Annual returns of the Patna Lunatic Asylum at Bankipore in Bihar and Orissa - 1912-1924
Year: 1912
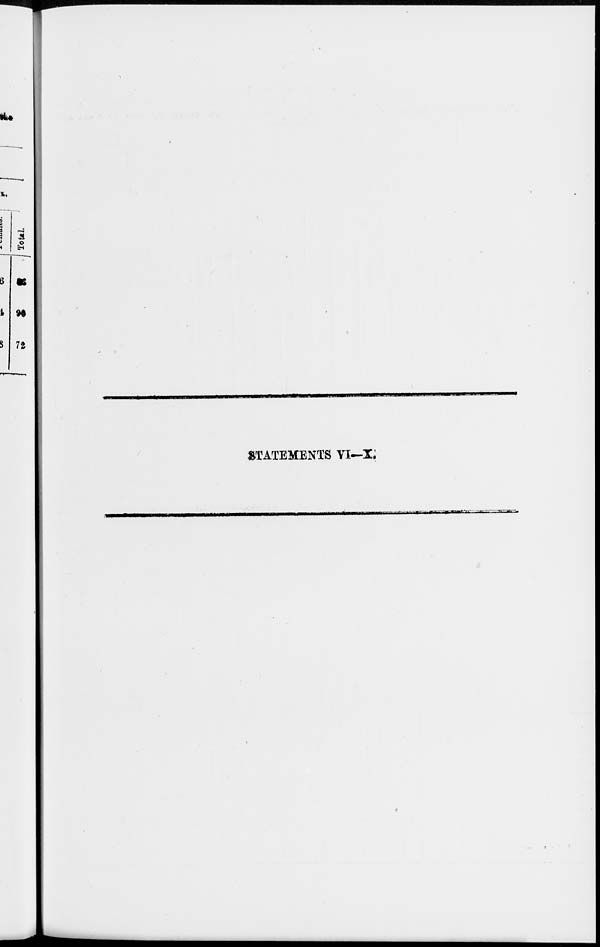
STATEMENTS VI—X.